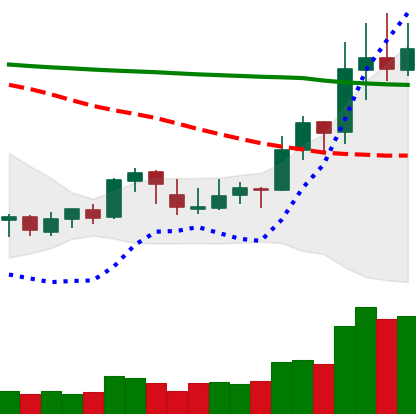
Ticker: XLM-USD
Chart end date: 2020-01-20
Forward return: -9.679%
Label: down_7plus